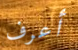
أعرف